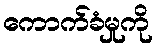
ကောက်ခံမှုကို